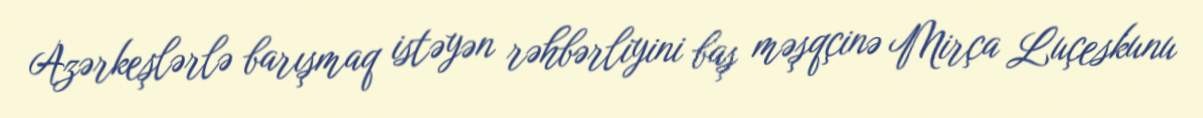
Azərkeşlərlə barışmaq istəyən rəhbərliyini baş məşqçinə Mirça Luçeskunu